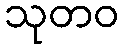
သုတဝ